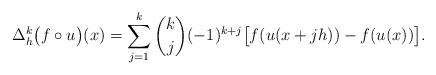
LaTeX: \begin{align*}\Delta_h^k \big(f\circ u\big)(x) =\sum_{j=1}^k \binom k j (-1)^{k+j} \big[ f(u(x+jh)) - f(u(x)) \big].\end{align*}